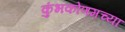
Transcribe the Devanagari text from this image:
कुंभकोणमच्या